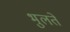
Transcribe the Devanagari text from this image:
भुलते